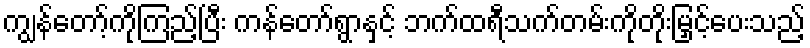
ကျွန်တော့်ကိုကြည့်ပြီး ကန်တော်ရွာနှင့် ဘက်ထရီသက်တမ်းကိုတိုးမြှင့်ပေးသည့်